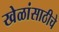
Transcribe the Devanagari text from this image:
खेळांसाठीचे